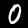
Label: 0